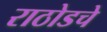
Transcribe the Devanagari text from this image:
राठोडचे